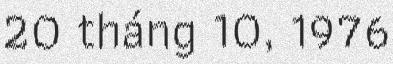
20 tháng 10, 1976